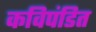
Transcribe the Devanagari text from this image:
कविपंडित